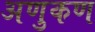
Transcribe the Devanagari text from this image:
अणुकण